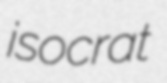
isocrat